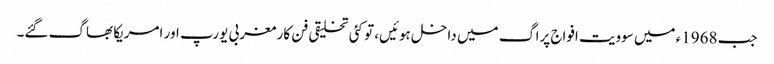
جب 1968ء میں سوویت افواج پراگ میں داخل ہوئیں، تو کئی تخلیقی فن کار مغربی یورپ اور امریکا بھاگ گئے۔